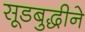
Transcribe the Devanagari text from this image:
सूडबुद्धीने